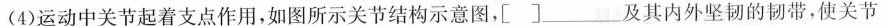
(4)运动中关节起着支点作用，如图所示关节结构示意图，[ ]___及其内外坚韧的韧带，使关节